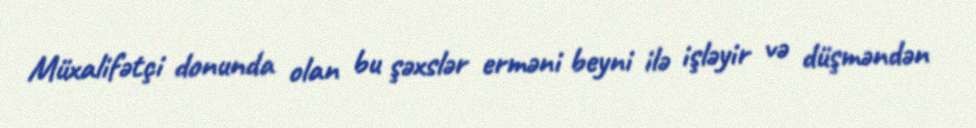
Müxalifətçi donunda olan bu şəxslər erməni beyni ilə işləyir və düşməndən